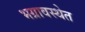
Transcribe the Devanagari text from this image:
भग्रावस्थेत